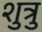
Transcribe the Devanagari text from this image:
शुत्रु